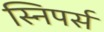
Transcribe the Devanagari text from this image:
स्निपर्स